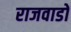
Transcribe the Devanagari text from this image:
राजवाडों